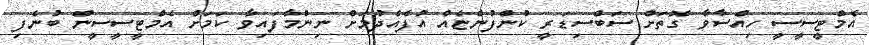
އެމްޓީސީސީ ހިއްސާވާ ގޮތަށް ސަބްސިޑަރީ ކުންފުންޏެއް އުފެއްދުމަށް ނިންމާފައިވާ ކަމަށް އެމްޓީސީސީން ބުނެފި